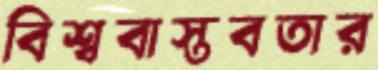
বিশ্ববাস্তবতার